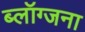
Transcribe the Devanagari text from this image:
ब्लॉग्जना